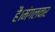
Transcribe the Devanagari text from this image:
है।मंगलवार